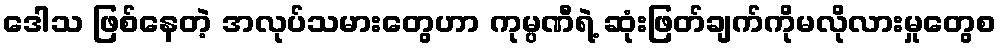
ဒေါသ ဖြစ်နေတဲ့ အလုပ်သမားတွေဟာ ကုမ္ပဏီရဲ့ ဆုံးဖြတ်ချက်ကိုမလိုလားမှုတွေစ